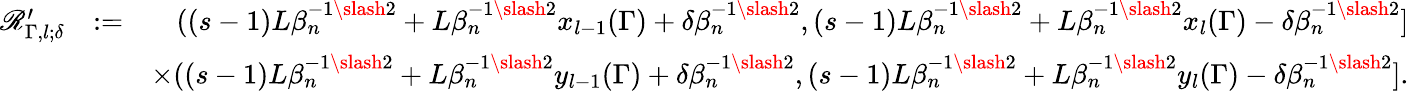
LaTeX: \begin{array}{rlr}{\mathscr{R}_{\Gamma,l;\delta}^{\prime}}&{:=}&{((s-1)L\beta_{n}^{-1\slash 2}+L\beta_{n}^{-1\slash 2}x_{l-1}(\Gamma)+\delta\beta_{n}^{-1\slash 2},(s-1)L\beta_{n}^{-1\slash 2}+L\beta_{n}^{-1\slash 2}x_{l}(\Gamma)-\delta\beta_{n}^{-1\slash 2}]}\\ &{}&{\times((s-1)L\beta_{n}^{-1\slash 2}+L\beta_{n}^{-1\slash 2}y_{l-1}(\Gamma)+\delta\beta_{n}^{-1\slash 2},(s-1)L\beta_{n}^{-1\slash 2}+L\beta_{n}^{-1\slash 2}y_{l}(\Gamma)-\delta\beta_{n}^{-1\slash 2}].}\end{array}